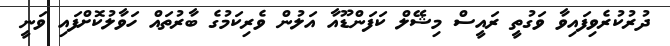
ދުރުކުރެވިފައިވާ ވަގުތީ ރައީސް މިޝޭލް ކަފަންޑޫއާ އަލުން ވެރިކަމުގެ ބާރުތައް ހަވާލުކޮށްފައި ވަނީ